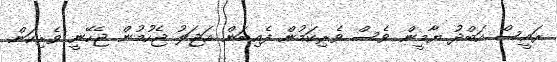
ރައީސް އަބްދު ޔާމީން ވެސް ވެރިކަމުން ފެއިބަން އަޖަލު ޖެހުމުން ޖެހޭނީ ވެރިކަން